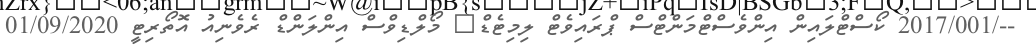
--/2017/001 ކޯސްޓްލައިން އިންވެސްޓްމަންޓްސް ޕްރައިވެޓް ލިމިޓެޑް	 މޯލްޑިވްސް އިންލަންޑް ރެވެނިއު އޮތޯރިޓީ 01/09/2020